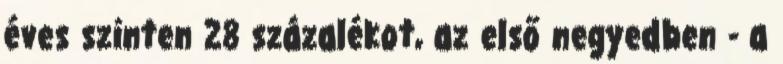
éves szinten 28 százalékot, az első negyedben - a